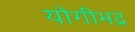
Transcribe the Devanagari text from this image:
योगीभद्र